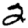
Digit: 2